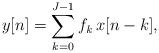
LaTeX: \begin{align*}y[n]=\sum_{k=0}^{J-1}f_\mathit{k} \, x[n-k],\end{align*}